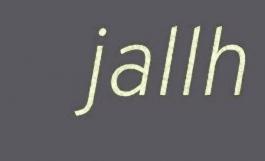
jallh